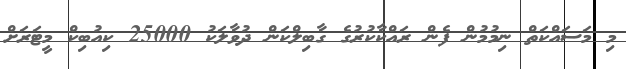
މި މަސައްކަތް ނިމުމުން ފެން ރައްކާކުރުގެ ގާބިލްކަން ދުވާލަކު 25000 ކިއުބިކް މީޓަރަށް